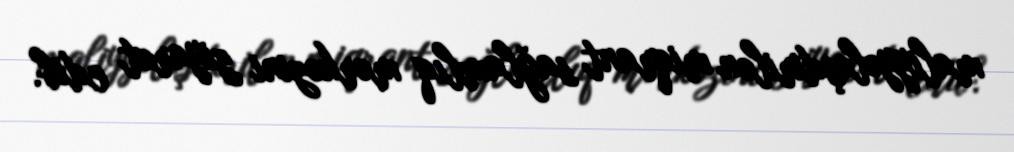
maliyyələşdirilən miqrant sağlamlıq mərkəzini ziyarət edib.